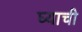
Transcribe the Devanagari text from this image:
घ्याची